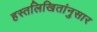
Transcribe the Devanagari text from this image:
हस्तलिखितांनुसार